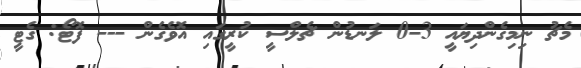
މެޗު ނިމިގެންދިޔައީ 3-0 ލަނޑުން ޗެލްސީ ކުރީގައި އޮވެގެން --- ފޮޓޯ: ގެޓީ